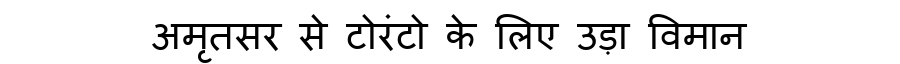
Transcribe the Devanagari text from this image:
अमृतसर से टोरंटो के लिए उड़ा विमान